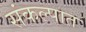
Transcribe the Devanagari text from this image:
संकल्पात